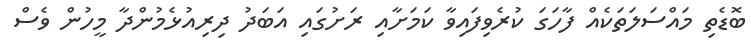
ބޮޑެތި މައްސަލަތަކެއް ފާހަގަ ކުރެވިފައިވާ ކަމަށާއި ރަށުގައި އަބަދު ދިރިއުޅެމުންދާ މީހުން ވެސް